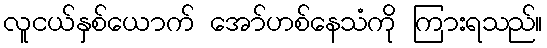
လူငယ်နှစ်ယောက် အော်ဟစ်နေသံကို ကြားရသည်။